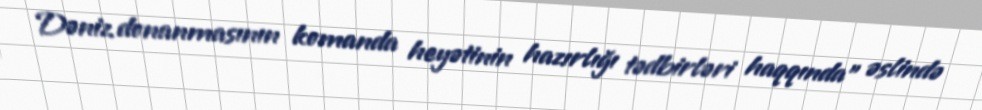
Dəniz donanmasının komanda heyətinin hazırlığı tədbirləri haqqında" əslində